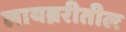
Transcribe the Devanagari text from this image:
लायब्ररीतील